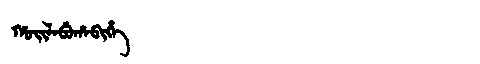
Manchu: ᡥᠣᡳᠯᠠᠪᡠᡥᠠᠪᡳᡥᡝ
Romanization: HOILABUHABIHE